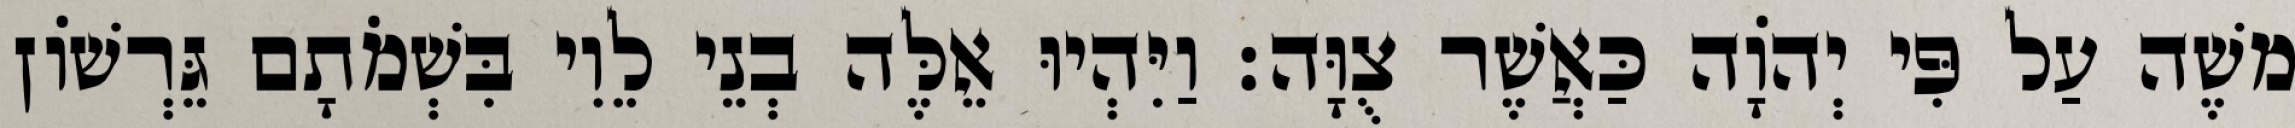
משֶׁה עַל פִּי יְהוָֹה כַּאֲשֶׁר צֻוָּה׃ וַיִּהְיוּ אֵלֶּה בְנֵי לֵוִי בִּשְׁמֹתָם גֵּרְשׁוֹן